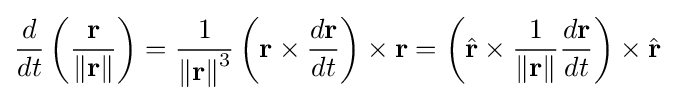
{\frac {d}{dt}}\left({\frac {\mathbf {r} }{\Vert \mathbf {r} \Vert }}\right)={\frac {1}{{\Vert \mathbf {r} \Vert }^{3}}}\left(\mathbf {r} \times {\frac {d\mathbf {r} }{dt}}\right)\times \mathbf {r} =\left({\hat {\mathbf {r} }}\times {\frac {1}{\Vert \mathbf {r} \Vert }}{\frac {d\mathbf {r} }{dt}}\right)\times {\hat {\mathbf {r} }}